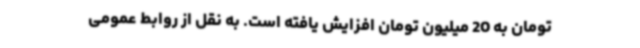
تومان به 20 میلیون تومان افزایش یافته است. به نقل از روابط عمومی